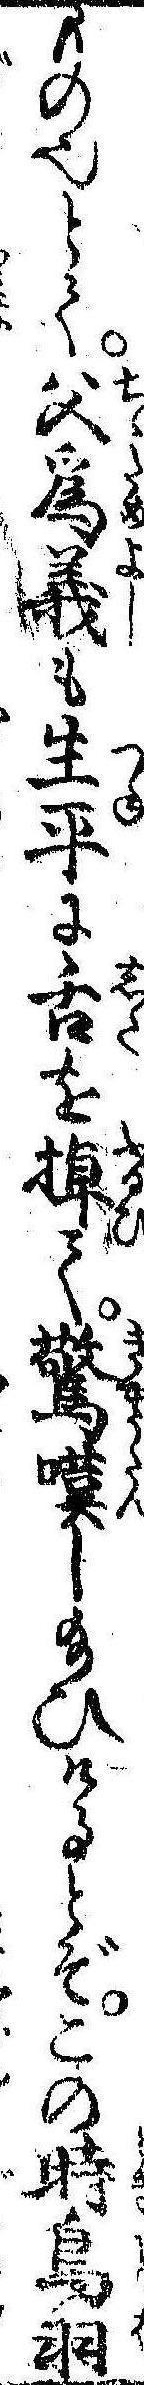
もの也とて父為義も生平に舌を掉て驚嘆し給ひけるとぞこの時鳥羽